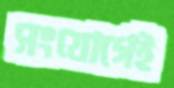
সংযোগেই